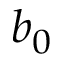
b _ { 0 }